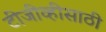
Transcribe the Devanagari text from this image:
टीजीव्हीसाठी